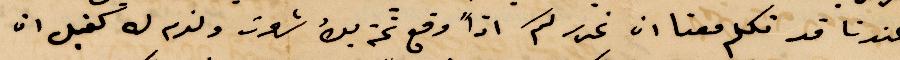
عندنا قد تكلم معنا ان نحرر لكم اذًا وقع ثمنه بك شعرت ولزم له كفيل ان